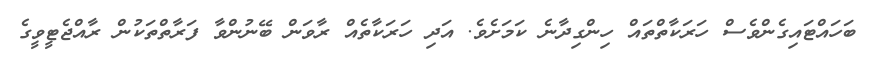
ބަހައްޓައިގެންވެސް ހަރަކާތްތައް ހިންގިދާނެ ކަމަށެވެ. އަދި ހަރަކާތެއް ރާވަން ބޭނުންވާ ފަރާތްތަކުން ރާއްޖެޓީވީގެ